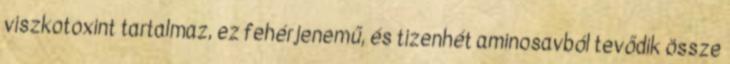
viszkotoxint tartalmaz, ez fehérjenemű, és tizenhét aminosavból tevődik össze